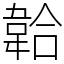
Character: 韐